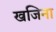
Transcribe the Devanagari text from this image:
खजिना